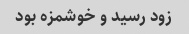
زود رسید و خوشمزه بود